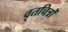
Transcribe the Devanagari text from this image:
वृतचित्रों